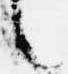
言